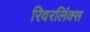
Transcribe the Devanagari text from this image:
रिवरलिंक्स